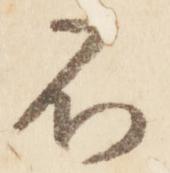
不